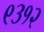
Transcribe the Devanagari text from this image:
९३१२